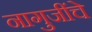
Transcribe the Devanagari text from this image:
नागुजींचे